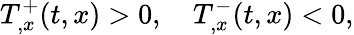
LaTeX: T_{,x}^{+}(t,x)>0,\quad T_{,x}^{-}(t,x)<0,